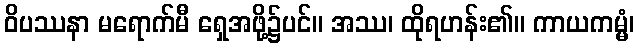
ဝိပဿနာ မရောက်မီ ရှေအဖို့၌ပင်။ အဿ၊ ထိုရဟန်း၏။ ကာယကမ္မံ၊